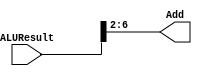
`timescale 1ns / 1ps

module DMMv(
	input [6:0] ALUResult,
	output [4:0] Add
    );

assign Add = ALUResult >> 2;

endmodule